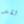
لقد